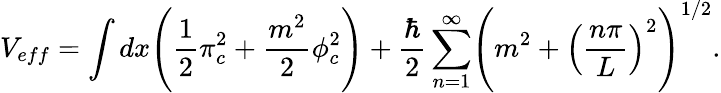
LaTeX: V_{eff}=\int dx\Biggl(\frac{1}{2}\pi_{c}^{2}+\frac{m^{2}}{2}\phi_{c}^{2}\Biggr)+\frac{\hbar}{2}\sum_{n=1}^{\infty}\Biggl(m^{2}+\Bigl(\frac{n\pi}{L}\Bigr)^{2}\Biggr)^{1/2}.